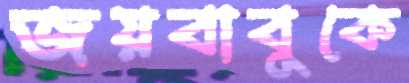
জয়বাবুকে